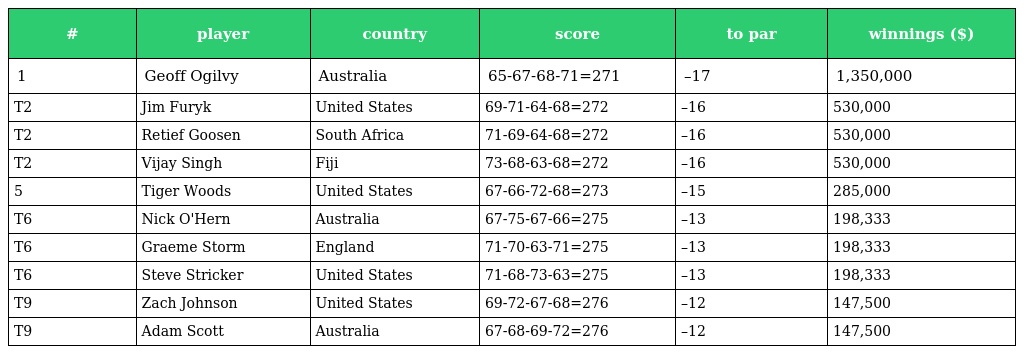
| # | player | country | score | to par | winnings ($) |
 | --- | --- | --- | --- | --- | --- |
 | 1 | Geoff Ogilvy | Australia | 65-67-68-71=271 | –17 | 1,350,000 |
 | T2 | Jim Furyk | United States | 69-71-64-68=272 | –16 | 530,000 |
 | T2 | Retief Goosen | South Africa | 71-69-64-68=272 | –16 | 530,000 |
 | T2 | Vijay Singh | Fiji | 73-68-63-68=272 | –16 | 530,000 |
 | 5 | Tiger Woods | United States | 67-66-72-68=273 | –15 | 285,000 |
 | T6 | Nick O'Hern | Australia | 67-75-67-66=275 | –13 | 198,333 |
 | T6 | Graeme Storm | England | 71-70-63-71=275 | –13 | 198,333 |
 | T6 | Steve Stricker | United States | 71-68-73-63=275 | –13 | 198,333 |
 | T9 | Zach Johnson | United States | 69-72-67-68=276 | –12 | 147,500 |
 | T9 | Adam Scott | Australia | 67-68-69-72=276 | –12 | 147,500 |